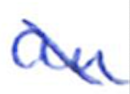
Text: an
Cross-out: diagonal
Writing tool: ballpoint